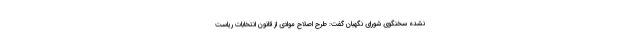
نشده سخنگوی شورای نگهبان گفت: طرح اصلاح موادی از قانون انتخابات ریاست